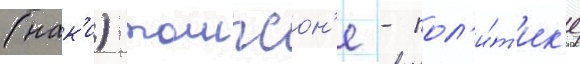
(нак'и) томпсон'е - пол'и́т'ик'е